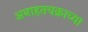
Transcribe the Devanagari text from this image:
अनाहतचक्राच्या